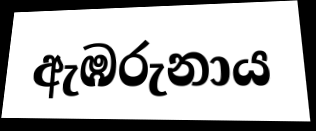
ඇඹරුනාය